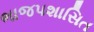
ભાજપશાસિત